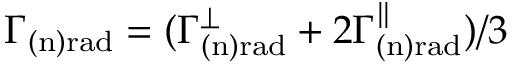
\Gamma _ { \mathrm { ( n ) r a d } } = ( \Gamma _ { \mathrm { ( n ) r a d } } ^ { \perp } + 2 \Gamma _ { \mathrm { ( n ) r a d } } ^ { \parallel } ) / 3